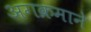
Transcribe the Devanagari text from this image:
अगक्रमाने